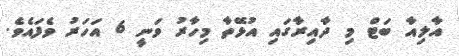
އާލިއާ ބަޓް މި ދާއިރާގައި އުޅޭތާ މިހާރު ވަނީ 6 އަހަރު ވެފައެވެ.